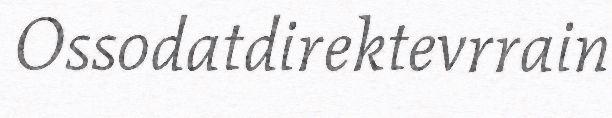
Ossodatdirektevrrain